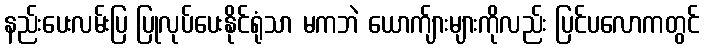
နည်းပေးလမ်းပြ ပြုလုပ်ပေးနိုင်ရုံသာ မကဘဲ ယောက်ျားများကိုလည်း ပြင်ပလောကတွင်